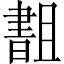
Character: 𬁫